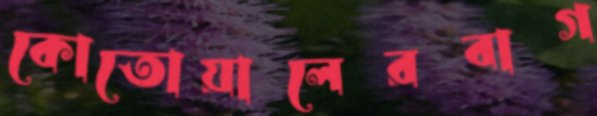
কোতোয়ালেরবাগ